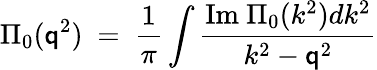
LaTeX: \Pi_{0}(\mathsf{q}^{2})\ =\ \frac{1}{\pi}\int\frac{{\mathrm{{Im~}}\Pi_{0}(k^{2})dk^{2}}}{{k^{2}-\mathsf{q}^{2}}}